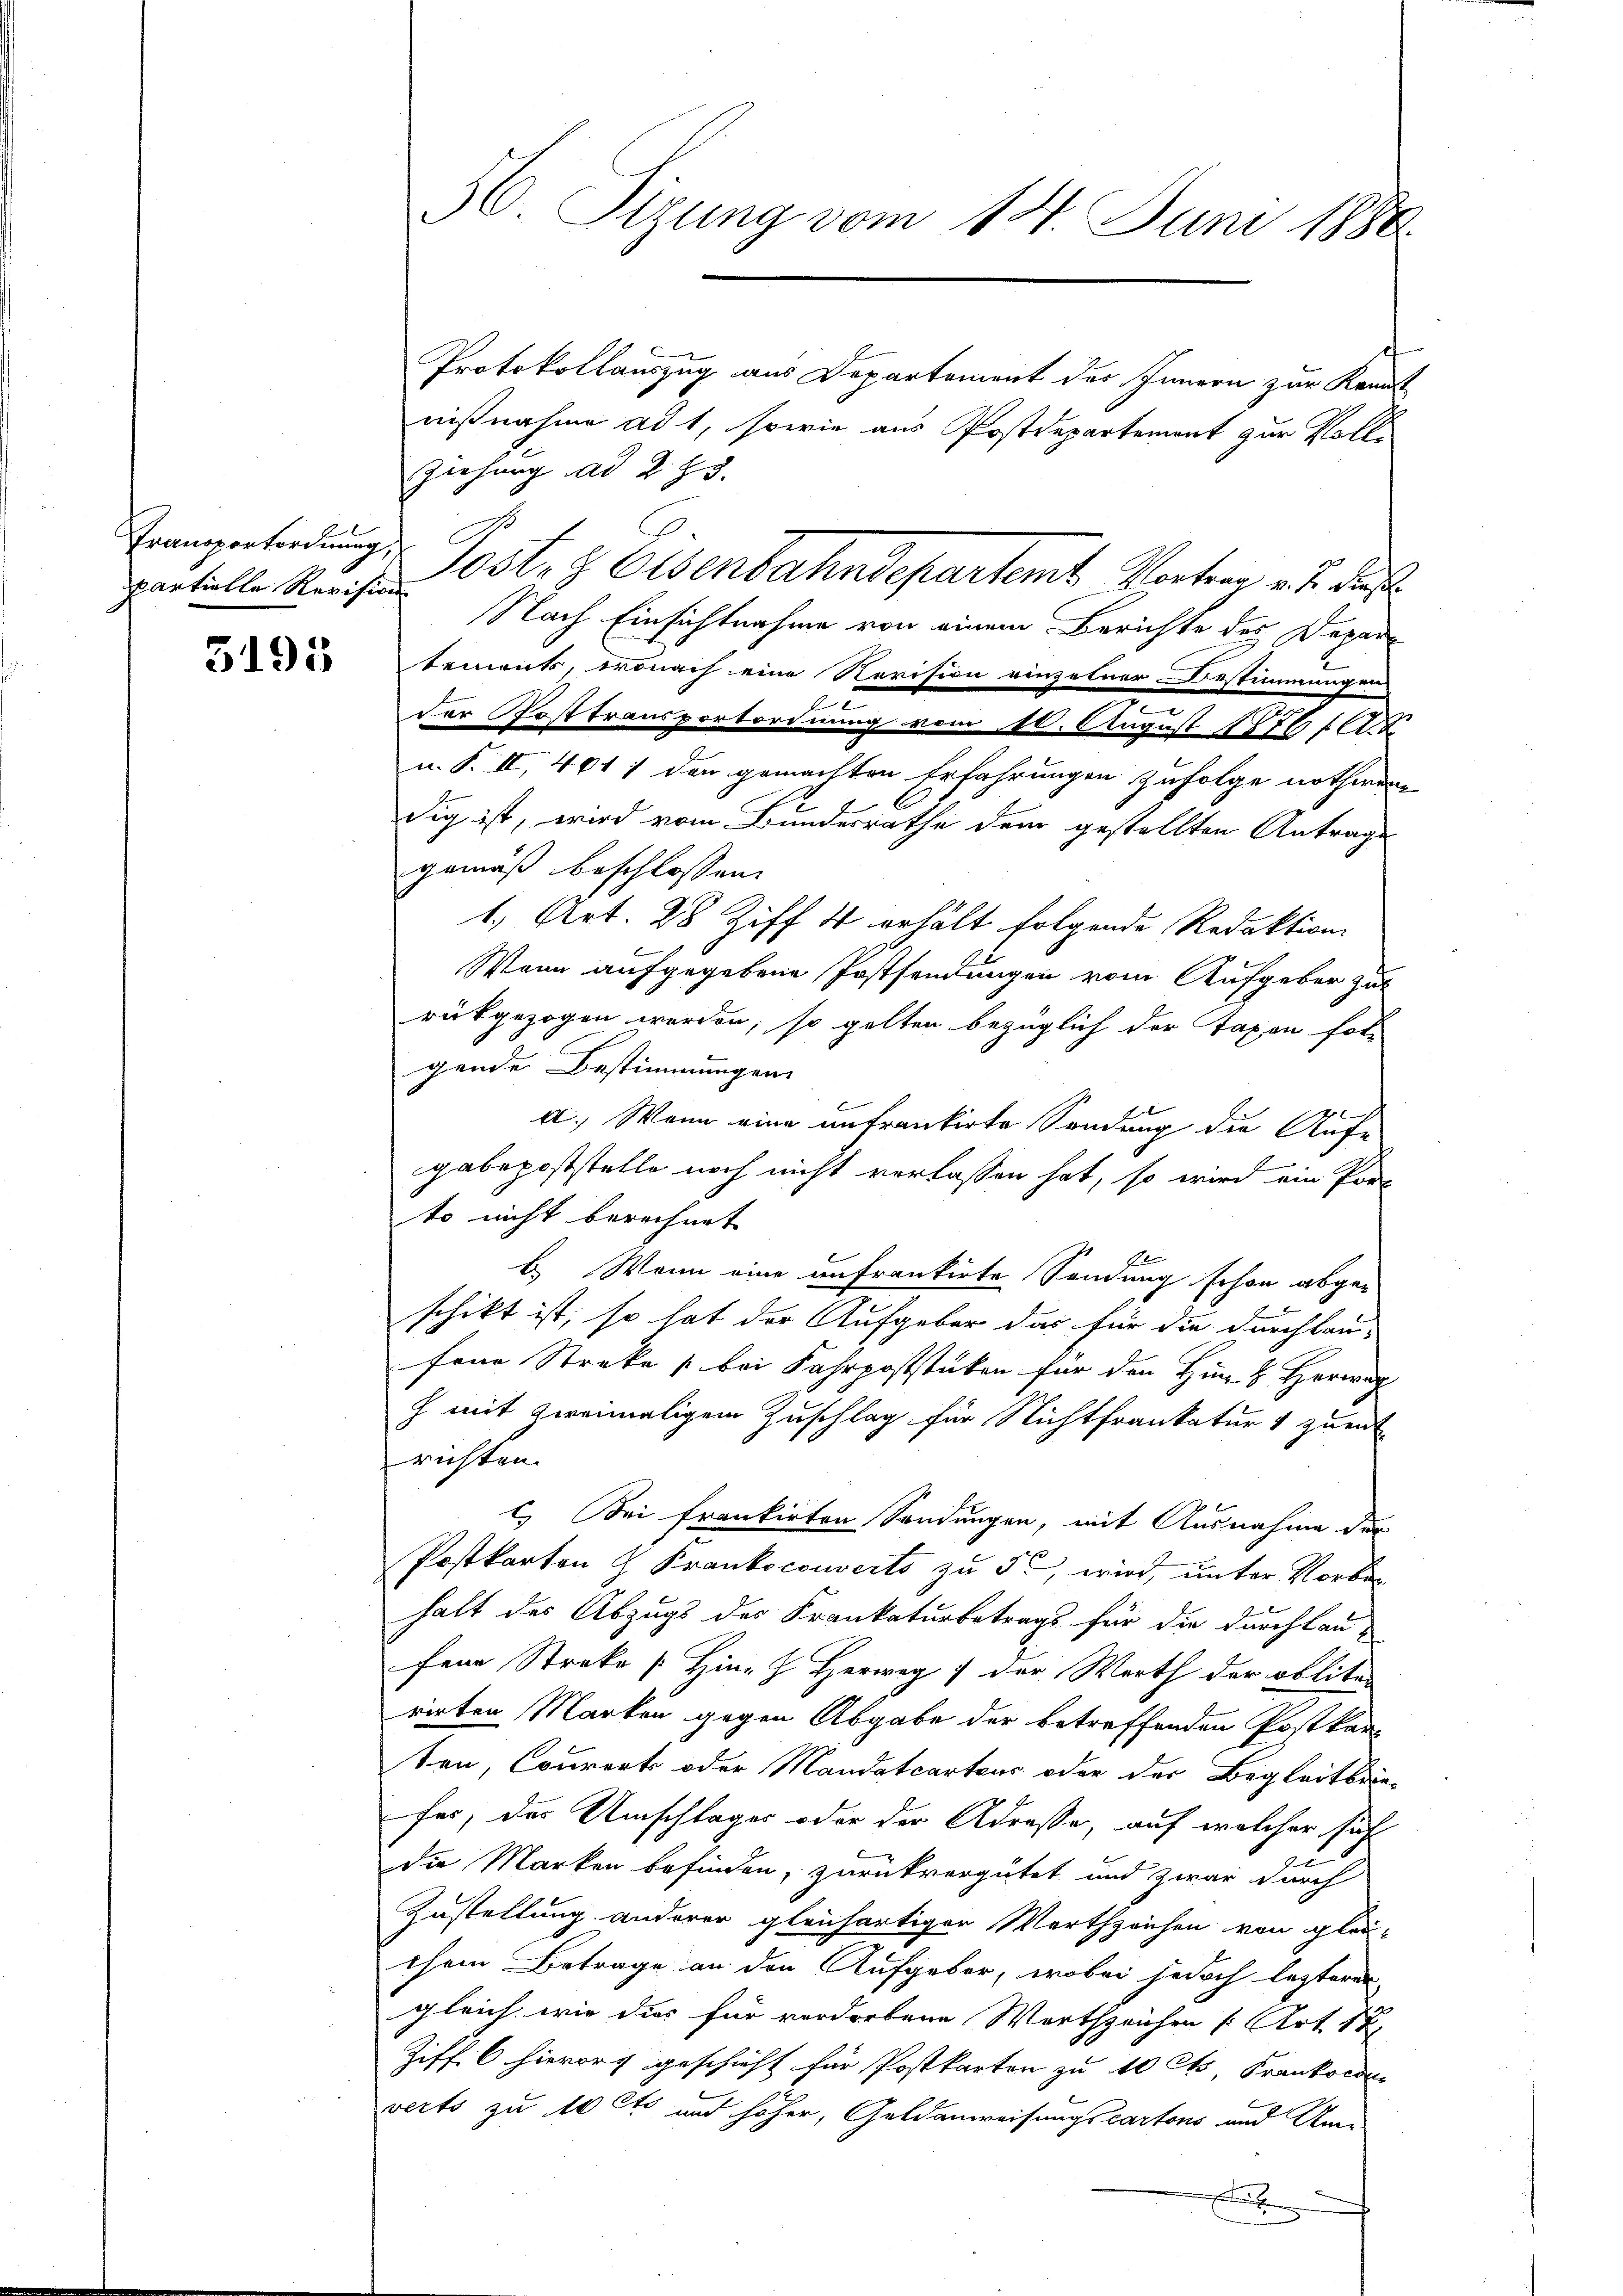
Transportordnung,
partielle Revision

595

Protokollauszug aus Departement des Innern zur Kennt
nißnahme ad 1, sowie aus Postdepartement zur Voll-
Ziehung ad 295.
Nach Einsichtnahme von einem Berichte des Depara
bement, wonach eine Revision einzelner Bestimmungen
der Posttransportordnung vom 10. August 1876 (A.2
u. S. II, 4617 der gemachten Erfahrungen zufolge nothwen
dig ist, wird vom Bundesrathe dem gestellten Antrage
gemäß beschlossen:
1. Art. 28 Ziff. 4 erhält folgende Redaktion
b
Wenn aufgegebene Postsendungen vom Aufgeber zu
rückgezogen werden, so gelten bezüglich der Taxen fol-
gende Bestimmungen
4
a. Wenn eine anfrankirte Sendung die Aufe
gabepoststelle noch nicht verlassen hat, so wird ein Port
to nicht berechnet |
A
b. Wenn eine anfrankirte Sendung schon abge-
schikt ist, so hat der Aufgaber das für die durchlau-
fene Streke (bei Fahrpoststücken für den Hin 2 Herwa
h mit zweimaligem Zuschlag für Nichtfrankatur 1 zuert
richten.
c. Bei frankirten Sondungen, mit Ausnahme der
Postkarten & Frankocouverts zu 5 wird, unter Vorbehalt des Abzugs des Frankaturbetrags für die durchlau-
fene Streke [Hina  Herweg der Werth der oblite
rirten Marken gegen Abgabe der betreffenden Postkar
ten, Courort oder Mandatcartens oder der Begleitbrin-
fer, das Umschlages oder der Adresse, auf welcher sich
die Marken befinden, zurückvergütet und zwar durch
Zustellung anderer gleichartigen Werthzeichen von glei-
chem Betrage an den Aufgeber, wobei jedoch lezteren
gleich wie dies für verdorbene Wortzeichen [Art. 17
Ziff. 6 hierort geschieht für Postkarten zu 10 Cts, Krankorden
verts zu 10 Cts und höher, Geldanweisungscartons und Um-
x

56. Sizung vom 14. Juni 1886.

Post. Z. Osenbahndepartemt Vortrag v. J. de